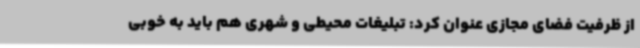
از ظرفیت فضای مجازی عنوان کرد: تبلیغات محیطی و شهری هم باید به خوبی